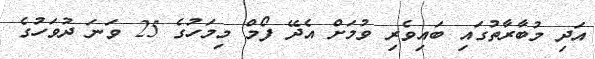
އަދި މުބާރާތުގައި ބައިވެރި ވުމަށް އެދޭ ފޯމް މިމަހުގެ 25 ވަނަ ދުވަހުގެ